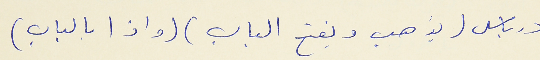
درباس (يذهب ويفتح الباب ) ( واذا بالباب )